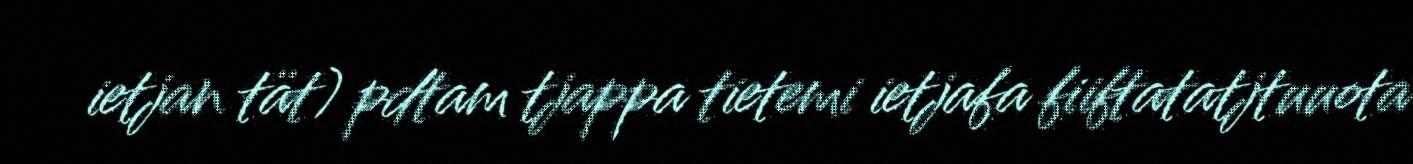
ietjan tät) pdtam tjappa tietemi ietjafa fiiftatatjtuuota